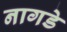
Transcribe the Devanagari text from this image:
नागडे